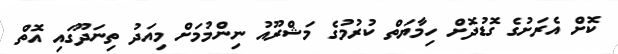
ކޮށް އެރަށުގެ ގޮޑުދޮށް ހިމާޔަތް ކުރުމުގެ މަޝްރޫއު ނިންމުމަށް މިއަދު ތިނަދޫގައި އޮތް